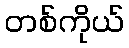
တစ်ကိုယ်